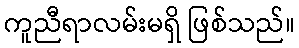
ကူညီရာလမ်းမရှိ ဖြစ်သည်။